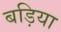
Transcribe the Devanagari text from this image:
बड़िया